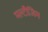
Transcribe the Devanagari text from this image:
मल्टीजिम